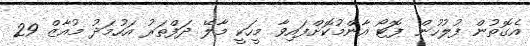
އެގޮތުން ފުލުހުން ފޮޓޯ އާންމުކޮށްފައިވާ މީހަކީ މާލޭ ދަފްތަރު އަހުމަދު މުއާޒް 29